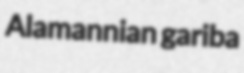
Alamannian gariba